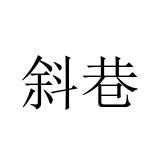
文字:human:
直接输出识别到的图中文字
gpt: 斜巷